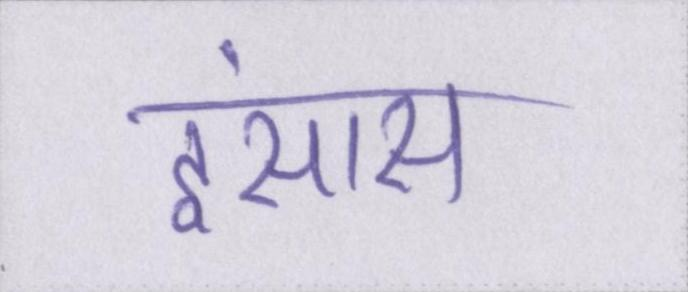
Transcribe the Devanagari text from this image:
इंसास